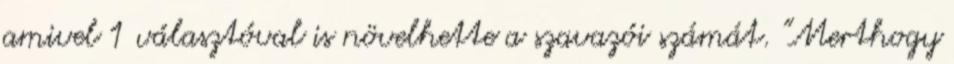
amivel 1 választóval is növelhette a szavazói számát. "Merthogy